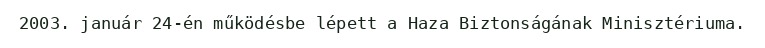
2003. január 24-én működésbe lépett a Haza Biztonságának Minisztériuma.